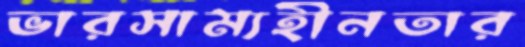
ভারসাম্যহীনতার